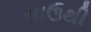
સાઉથી